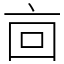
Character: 㐭